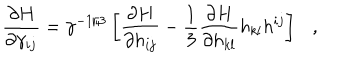
\frac { \partial H } { \partial \gamma _ { i j } } = \gamma ^ { - 1 / 3 } \left[ \frac { \partial H } { \partial h _ { i j } } - \frac { 1 } { 3 } \frac { \partial H } { \partial h _ { k l } } h _ { k l } h ^ { i j } \right] ,